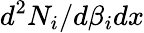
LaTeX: d^{2}N_{i}/d\beta_{i}dx